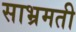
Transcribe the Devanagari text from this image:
साभ्रमती